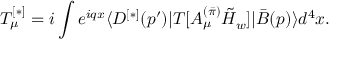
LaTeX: T _ { \mu } ^ { [ * ] } = i \int e ^ { i q x } { \langle { D ^ { [ * ] } ( p ^ { \prime } ) | T [ A _ { \mu } ^ { ( \bar { \pi } ) } \tilde { H } _ { w } ] | \bar { B } ( p ) } \rangle } d ^ { 4 } x .